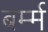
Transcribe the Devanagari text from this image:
बर्म्म